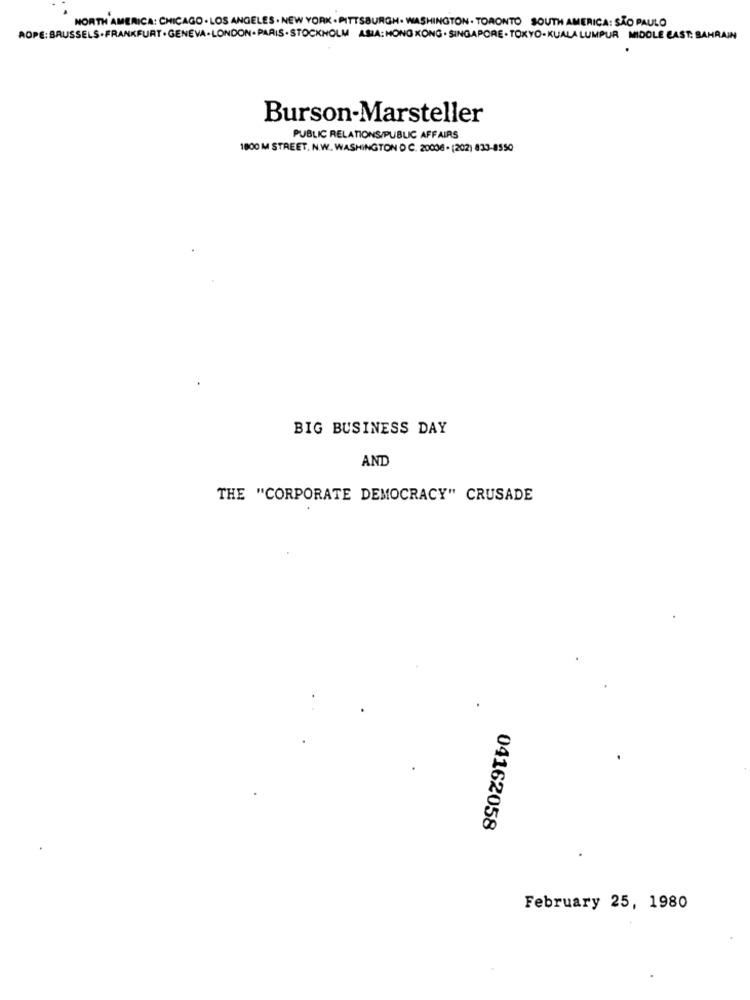
NORTH AMERICA: CHICAGO . LOS ANGELES . NEW YORK . PITTSBURGH. WASHINGTON . TORONTO SOUTH AMERICA: SÃO PAULO
AOPE: BRUSSELS.FRANKFURT . GENEVA.LONDON. PARIS. STOCKHOLM ASIA: HONG KONG . SINGAPORE . TOKYO-KUALA LUMPUR MIDDLE EAST: BAHRAIN
Burson-Marsteller
PUBLIC RELATIONS/PUBLIC AFFAIRS
1800 M STREET, N.W. WASHINGTON D C. 20006 . (202) 833-8550
BIG BUSINESS DAY
AND
THE "CORPORATE DEMOCRACY" CRUSADE
04162058
February 25, 1980